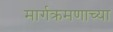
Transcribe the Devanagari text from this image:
मार्गक्रमणाच्या